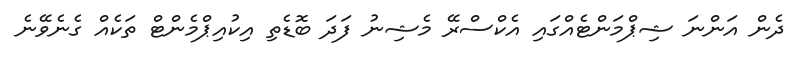
ދެން އަންނަ ޝިޕްމަންޓެއްގައި އެކްސްރޭ މެޝިނު ފަދަ ބޮޑެތި އިކުއިޕްމެންޓް ތަކެއް ގެނެވޭނެ